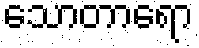
သောတာရော